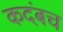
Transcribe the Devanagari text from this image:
कदंबच